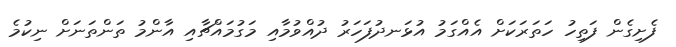
ފެށިގެން ފަތިހު ހަތަރަކަށް އެއްގަމު އުޅަނދުފަހަރު ދުއްވުމާއި މަގުމައްޗާއި އާންމު ތަންތަނަަށް ނިކުމެ